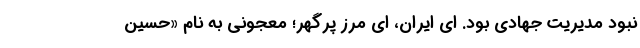
نبود مدیریت جهادی بود. ای ایران، ای مرز پرگهر؛ معجونی به نام «حسین